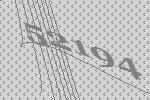
52194